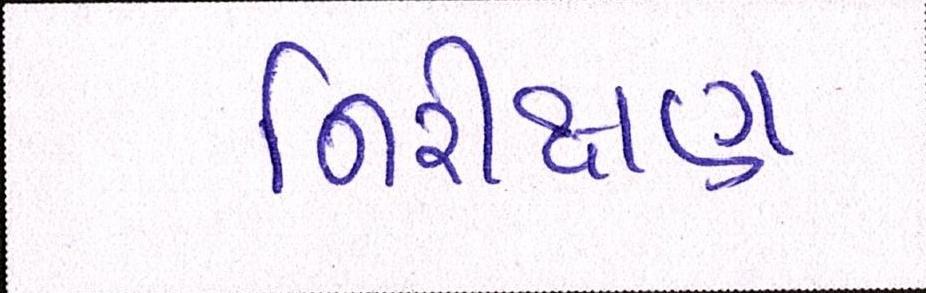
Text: નિરીક્ષણ